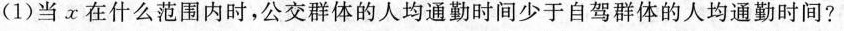
(1)当x在什么范围内时，公交群体的人均通勤时间少于自驾群体的人均通勤时间?